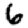
Digit: 6